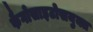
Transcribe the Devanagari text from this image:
फैगोसाइटोसयुक्त